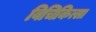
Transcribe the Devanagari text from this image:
विचिकित्सा